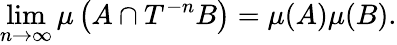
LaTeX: \operatorname*{lim}_{n\to\infty}\mu\left(A\cap T^{-n}B\right)=\mu(A)\mu(B).